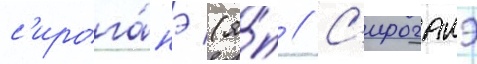
с'ирога́нэ (я́п // С'ироганэ